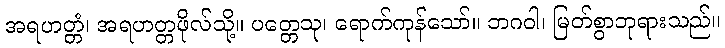
အရဟတ္တံ၊ အရဟတ္တဖိုလ်သို့။ ပတ္တေသု၊ ရောက်ကုန်သော်။ ဘဂဝါ၊ မြတ်စွာဘုရားသည်။